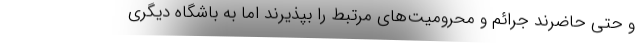
و حتی حاضرند جرائم و محرومیت‌های مرتبط را بپذیرند اما به باشگاه دیگری